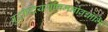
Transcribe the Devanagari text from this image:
बुद्धीन्द्रियाप्राणमनोवचोभिः